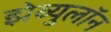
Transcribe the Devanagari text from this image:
झेब्युलॉन